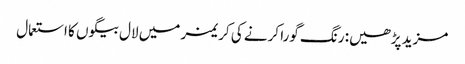
مزید پڑھیں: رنگ گورا کرنے کی کریمز میں لال بیگوں کا استعمال